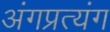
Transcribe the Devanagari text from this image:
अंगप्रत्यंग